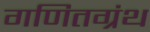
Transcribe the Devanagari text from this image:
गणितग्रंथ